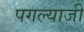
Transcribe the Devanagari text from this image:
पगल्याजी